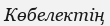
Көбелектің